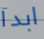
ابدآ